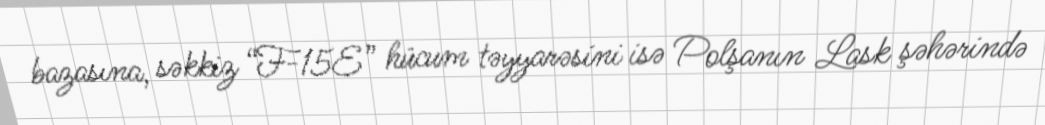
bazasına, səkkiz “F-15E” hücum təyyarəsini isə Polşanın Lask şəhərində